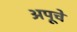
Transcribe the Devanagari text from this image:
अपूचे